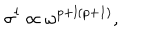
\sigma ^ { l } \propto \omega ^ { p + l ( p + 1 ) } ,